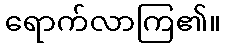
ရောက်လာကြ၏။